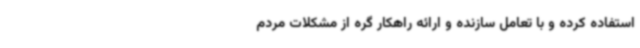
استفاده کرده و با تعامل سازنده و ارائه راهکار گره از مشکلات مردم